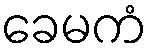
ခေမကံ